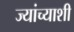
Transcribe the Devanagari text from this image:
ज्यांच्याशी